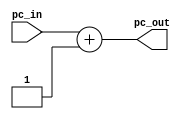
module pc_inc(
	input [15:0] pc_in,
	output [15:0] pc_out
);

	assign pc_out = pc_in + 16'd1;

endmodule